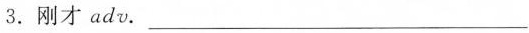
3. 刚才 adv. ___